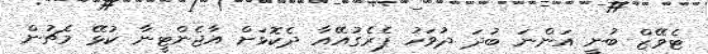
ޓެވޭޒް ބުނީ އަންނަ ބުދަ ދުވަހު ޕެރެގުއޭއާ ދެކޮޅަށް އާޖެންޓީނާ ކުޅޭ މެޗުން